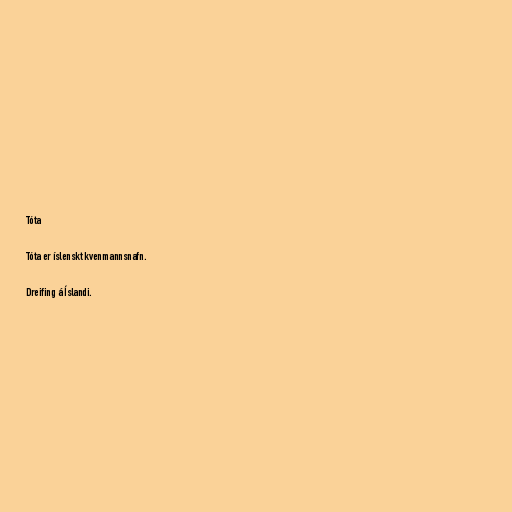
Tóta

Tóta er íslenskt kvenmannsnafn.

Dreifing á Íslandi.